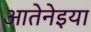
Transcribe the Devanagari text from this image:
आतेनेइया